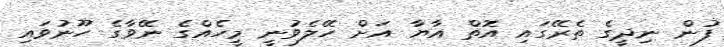
ފުން ނިދީގެ ތެރޭގައި އޮތް އާޔާ އަށް ހޭލެވުނީ މީހެއްގެ ނޭވާގެ ހޫނުވައި